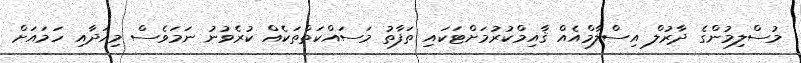
މުސްލިމުންގެ ދާރުލް އިސްލާމްއެއް ޤާއިމްކުރުމަށްޓަކައި ތަފާތު މަސައްކަތްތަކެއް ކުރެވުނު ނަމަވެސް މިއަދާއި ހަމައަށް